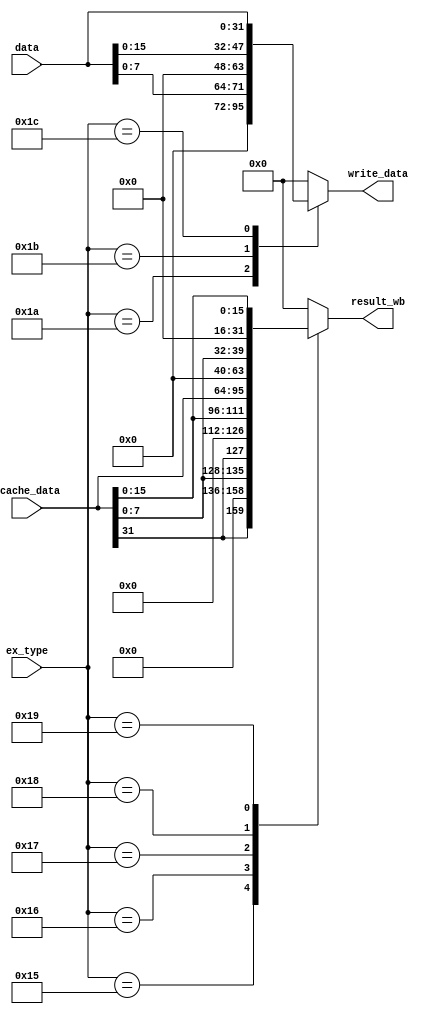
module LSU(
    // Inputs
    input wire [5:0] ex_type,
    input wire [31:0] data,
    input wire [31:0] dcache_data,
    // Outputs
    output reg [31:0] write_data,
    output reg [31:0] result_wb
);
    // Resolve lw result
    always @(*) begin
		case(ex_type)
			6'd21: begin
				result_wb = {dcache_data[31], 23'd0, dcache_data[7:0]};
			end
			6'd22: begin
				result_wb = {dcache_data[31], 15'd0, dcache_data[15:0]};
			end
			6'd23: begin
				result_wb = dcache_data;
			end
			6'd24: begin
				result_wb = {24'd0, dcache_data[7:0]};
			end
			6'd25: begin
				result_wb = {16'd0, dcache_data[15:0]};
			end
			default: begin
				result_wb = 32'd0;
			end
		endcase
    end

    // Resolve sw 
    always @(*) begin
		case(ex_type)
			6'd26: begin
				write_data = {24'd0, data[7:0]};
			end
			6'd27: begin
				write_data = {16'd0, data[15:0]};
			end
			6'd28: begin
				write_data = data;
			end
			default: begin
				write_data = 32'd0;
			end
		endcase
	end

endmodule